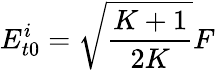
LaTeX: E_{t0}^{i}=\sqrt{\frac{K+1}{2K}}F